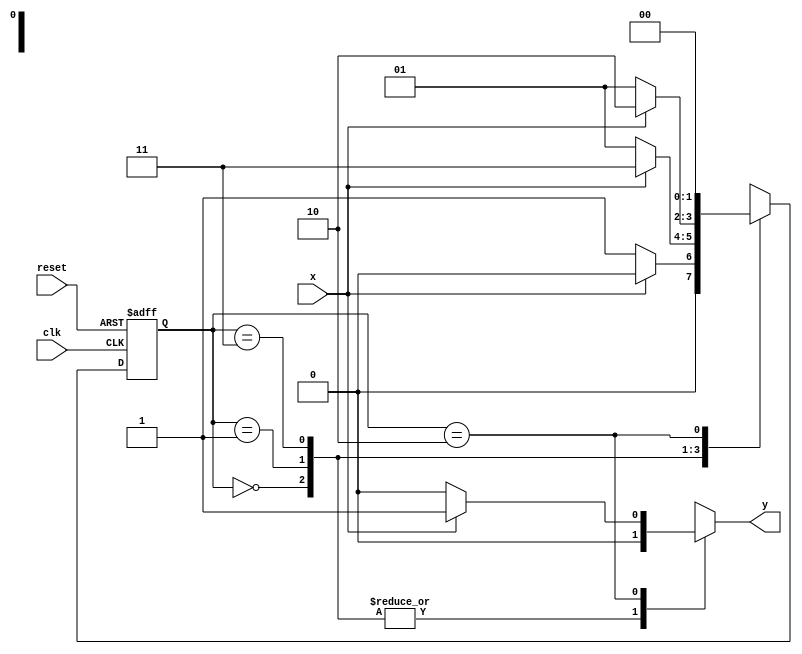
// ------------------------------------
// -- Fernando dos Santos Silva
// -- Matricula: 414506
// ------------------------------------

//constant definitions
`define found		1
`define notfound	0

//FSM by Mealy
module mealy0111(y,x,clk,reset);
	output y;
	input x;
	input clk;
	input reset;
	
	reg y;
	
	parameter	//state identifiers
		start = 2'b00,
		id0 = 2'b01,
		id01 = 2'b11,
		id011 = 2'b10;
		
		reg [1:0] E1;	//current state variables
		reg [1:0] E2;	//next state logic output
		
		//next state logic
		always @ (x or E1)
			begin
				y = `notfound;
				
				case (E1)
					start:
						if (x)
							E2 = start;
						else
							E2 = id0;
					id0:
						if (x)
							E2 = id01;
						else
							E2 = id0;
					id01:
						if (x)
							E2 = id011;
						else
							E2 = id0;
					id011:
						if (x)
							begin
								E2 = start;
								y = `found;
							end
						else
							begin
								E2 = start;
								y = `notfound;
							end
					default:		//undefined state
						E2 = 2'bxx;
				endcase
			end //always at signal or state changing
			
		//state variables
			always @ (posedge clk or negedge reset)
				begin
					if (reset)
						E1 = E2;	//updates current state
					else
						E1 = start;	//reset
				end //always at signal changing
				
endmodule //mealy0111

// -----------
//	Test Mealy
// -----------
module testMealy0111;
	reg x,reset,clk;
	wire y;
	
	mealy0111 m1(y,x,clk,reset);
	
	initial
		begin
			x = 1'b1;
			reset = 1'b1;
			clk = 1'b0;
		end
	
	initial
		begin
		
		$display("Mealy0111\nNome: Fernando dos Santos Silva\nMatricula: 414506");
		
		$display("Clk  Rst  x  y");
		#2 x = 1'b0;
		#2 x = 1'b1;
		#6 $finish;
		end
		
	always
		#1 clk = ~clk;
	
	always @(posedge clk)
		begin
			$display("%d	%b  %b  %b",$time,reset,x,y);
		end

endmodule //testMealy